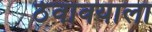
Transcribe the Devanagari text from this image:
ठेवावयाला